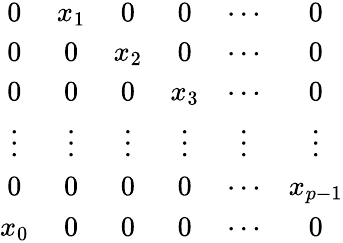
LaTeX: \begin{array}{cccccc}{{0}}&{{x_{1}}}&{{0}}&{{0}}&{{\cdots}}&{{0}}\\ {{0}}&{{0}}&{{x_{2}}}&{{0}}&{{\cdots}}&{{0}}\\ {{0}}&{{0}}&{{0}}&{{x_{3}}}&{{\cdots}}&{{0}}\\ {{\vdots}}&{{\vdots}}&{{\vdots}}&{{\vdots}}&{{\vdots}}&{{\vdots}}\\ {{0}}&{{0}}&{{0}}&{{0}}&{{\cdots}}&{{x_{p-1}}}\\ {{x_{0}}}&{{0}}&{{0}}&{{0}}&{{\cdots}}&{{0}}\end{array}